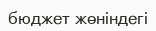
бюджет жөніндегі